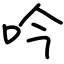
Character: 吟